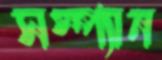
সস্প্যান